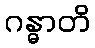
ဂန္ဓာတိ